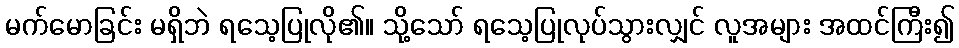
မက်မောခြင်း မရှိဘဲ ရသေ့ပြုလို၏။ သို့သော် ရသေ့ပြုလုပ်သွားလျှင် လူအများ အထင်ကြီး၍